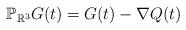
LaTeX: \begin{align*}\mathbb P_{\mathbb R^3}G(t)=G(t)-\nabla Q(t)\end{align*}